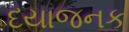
દયાજનક